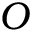
O